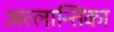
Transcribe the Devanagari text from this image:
अत्लान्तिका